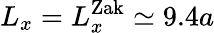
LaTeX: L_{x}=L_{x}^{\mathrm{Zak}}\simeq 9.4a